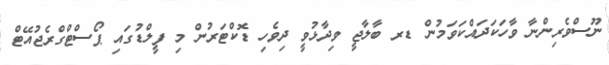
ނޫސްވެރިންނާ ވާހަކަދައްކަވަމުން ޑރ ބާލާޖީ ވިދާޅުވީ ދިވެހި ޑޮކްޓަރުން މި ފީލްޑުގައި ޕޯސްޓްގްރެޖުއޭޓް